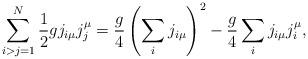
LaTeX: \begin{align*}\sum_{i>j=1}^{N}{1\over 2}gj_{i\mu}j_j^{\mu} = \frac{g}{4}\left(\sum_i j_{i\mu}\right)^2 - \frac{g}{4}\sum_i j_{i\mu}j_{i}^{\mu},\end{align*}